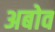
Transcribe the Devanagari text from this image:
अबोव